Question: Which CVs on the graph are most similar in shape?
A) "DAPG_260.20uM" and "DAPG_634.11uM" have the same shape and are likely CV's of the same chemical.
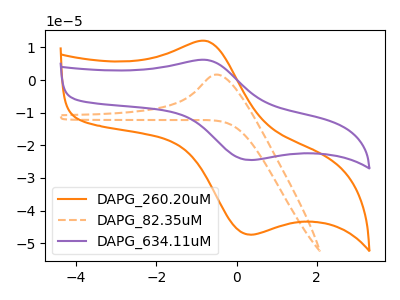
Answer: <think>The orange curve "DAPG_260.20uM" has an anodic peak at (-0.75V, 11.95uA) and a cathodic peak at (0.35V, -47.35uA). The orange dashed curve "DAPG_82.35uM" has an anodic peak at: (-0.50V, 1.70uA). The purple curve "DAPG_634.11uM" has an anodic peak at (-0.75V, 6.20uA) and a cathodic peak at (0.35V, -24.50uA).
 "DAPG_260.20uM" and "DAPG_82.35uM" have a different number of peaks. All the peaks in "DAPG_260.20uM" have a peak in "DAPG_634.11uM" at the same potential. Every peak in "DAPG_260.20uM" is higher than every peak in "DAPG_634.11uM". "DAPG_82.35uM" and "DAPG_634.11uM" have a different number of peaks.</think>
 <answer>A) "DAPG_260.20uM" and "DAPG_634.11uM" have the same shape and are likely CV's of the same chemical.</answer>
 <eval>A</eval>